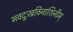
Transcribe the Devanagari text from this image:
भवदुःखविनाशिनीम्